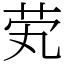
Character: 䒯